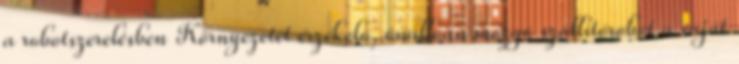
a robotszerelésben Környezetét érzékelő, önállóan mozgó szállítórobot a saját